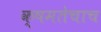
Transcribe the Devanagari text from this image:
क्षमतेचाच